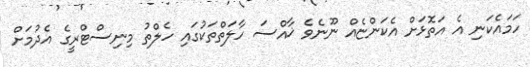
ހަމައެކަނި އެ އަތޮޅަށް އެކަންޏެއް ނޫނެވެ ޚާއްސަ ހާލަތްތަކުގައި ހެލްތު މިނިސްޓްރީގެ އެދުމަށް